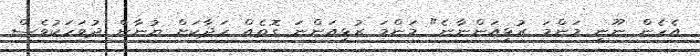
އެހެން ނޫނީ މަންމަ ރުޅިއަންނާނެ" މަންމަ ރުޅިއަންނަ ގޮތެއް ހަދާކަށް ޔުނާން ދުވަހަކުވެސް